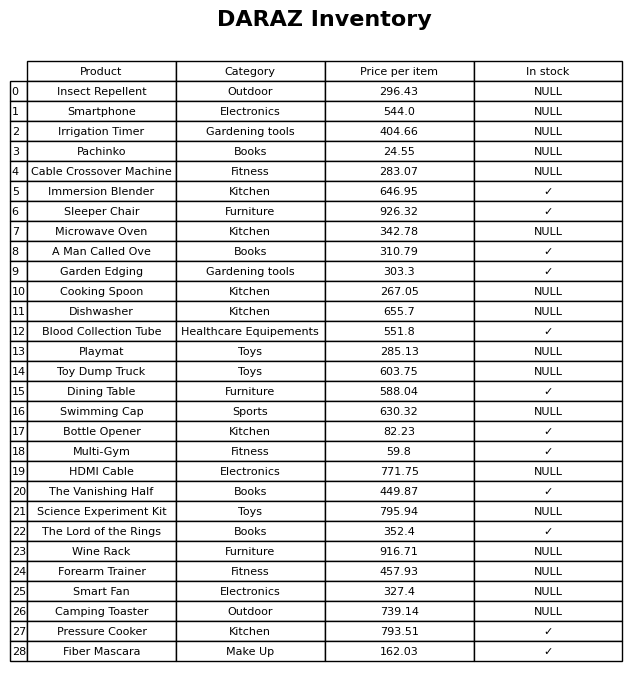
question: What is the price of the The Vanishing Half?
answer: The price of The Vanishing Half is 449.87.